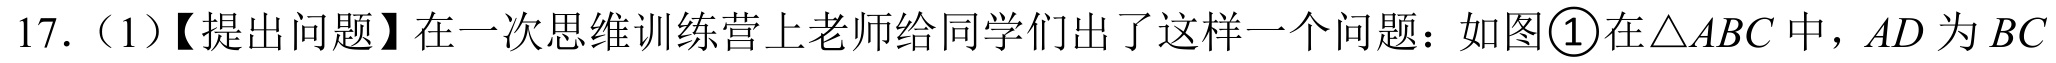
17.（1）【提出问题】在一次思维训练营上老师给同学们出了这样一个问题：如图\textcircled{1}在$\triangle ABC$中，$AD$为$BC$